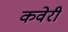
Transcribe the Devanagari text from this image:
कवेरी